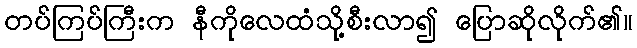
တပ်ကြပ်ကြီးက နီကိုလေထံသို့စီးလာ၍ ပြောဆိုလိုက်၏။